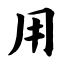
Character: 用